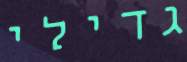
גדילי